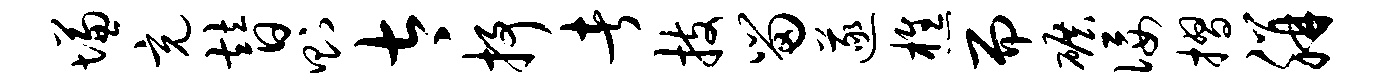
慊充替则太抒者技留遂樵而碾佞摺胼